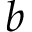
b